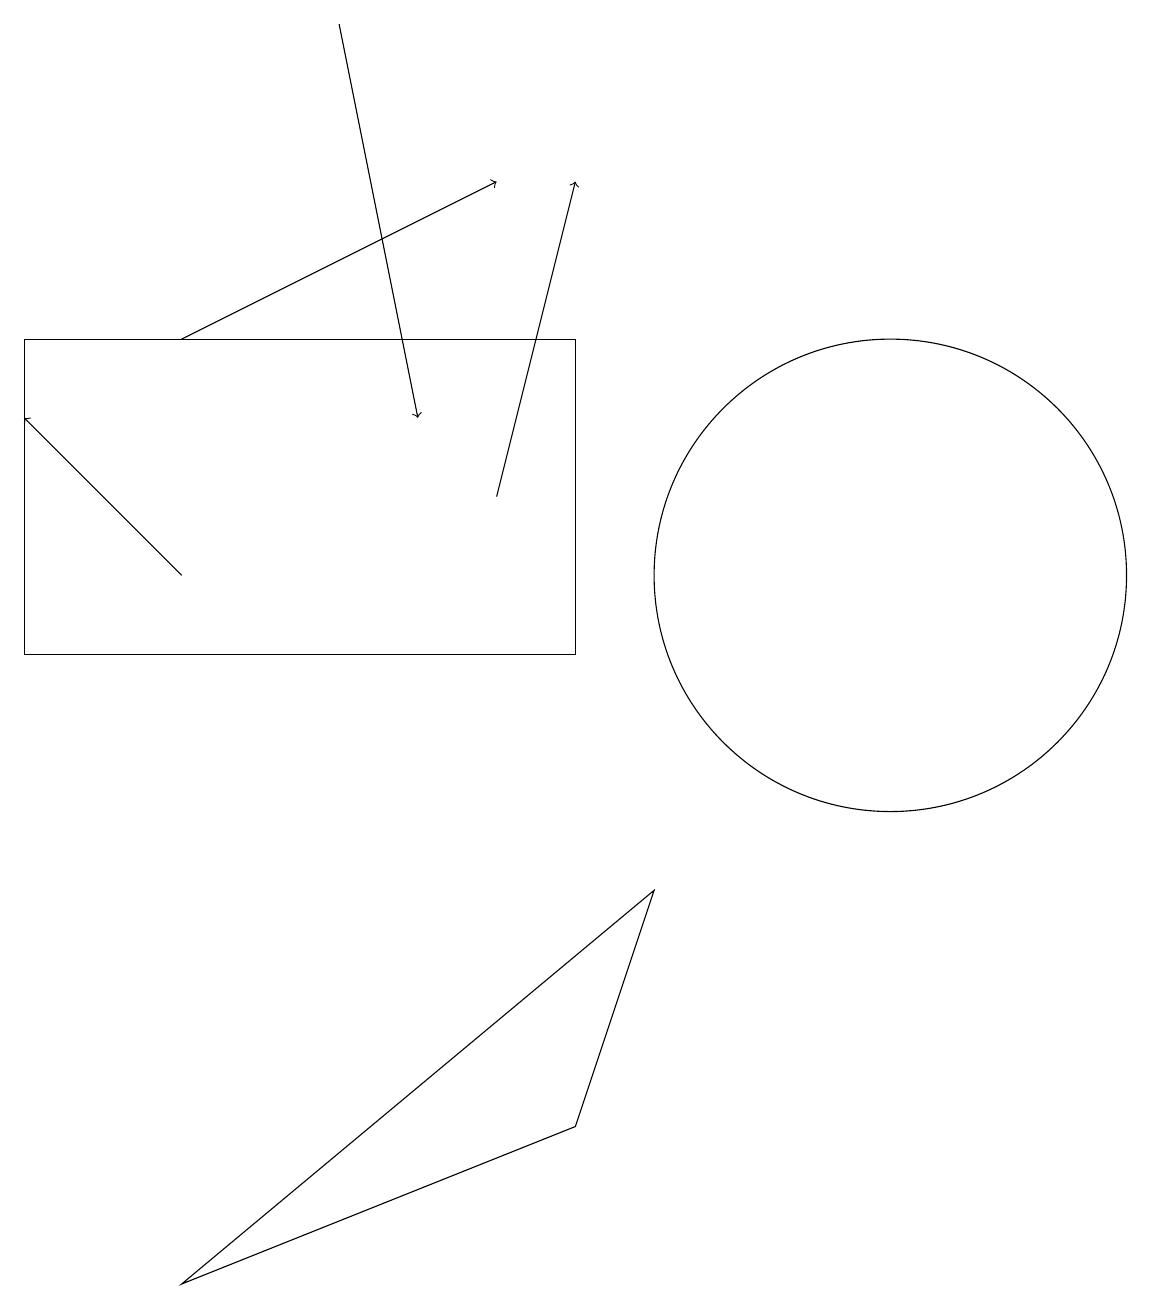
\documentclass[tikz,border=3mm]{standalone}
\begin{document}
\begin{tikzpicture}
\draw (12,11) circle (3);
\draw (1,10) rectangle (8,14);
\draw[->] (3,11) -- (1,13);
\draw (8,4) -- (9,7) -- (3,2) -- cycle;
\draw[->] (3,14) -- (7,16);
\draw[->] (5,18) -- (6,13);
\draw[->] (7,12) -- (8,16);
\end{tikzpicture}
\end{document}